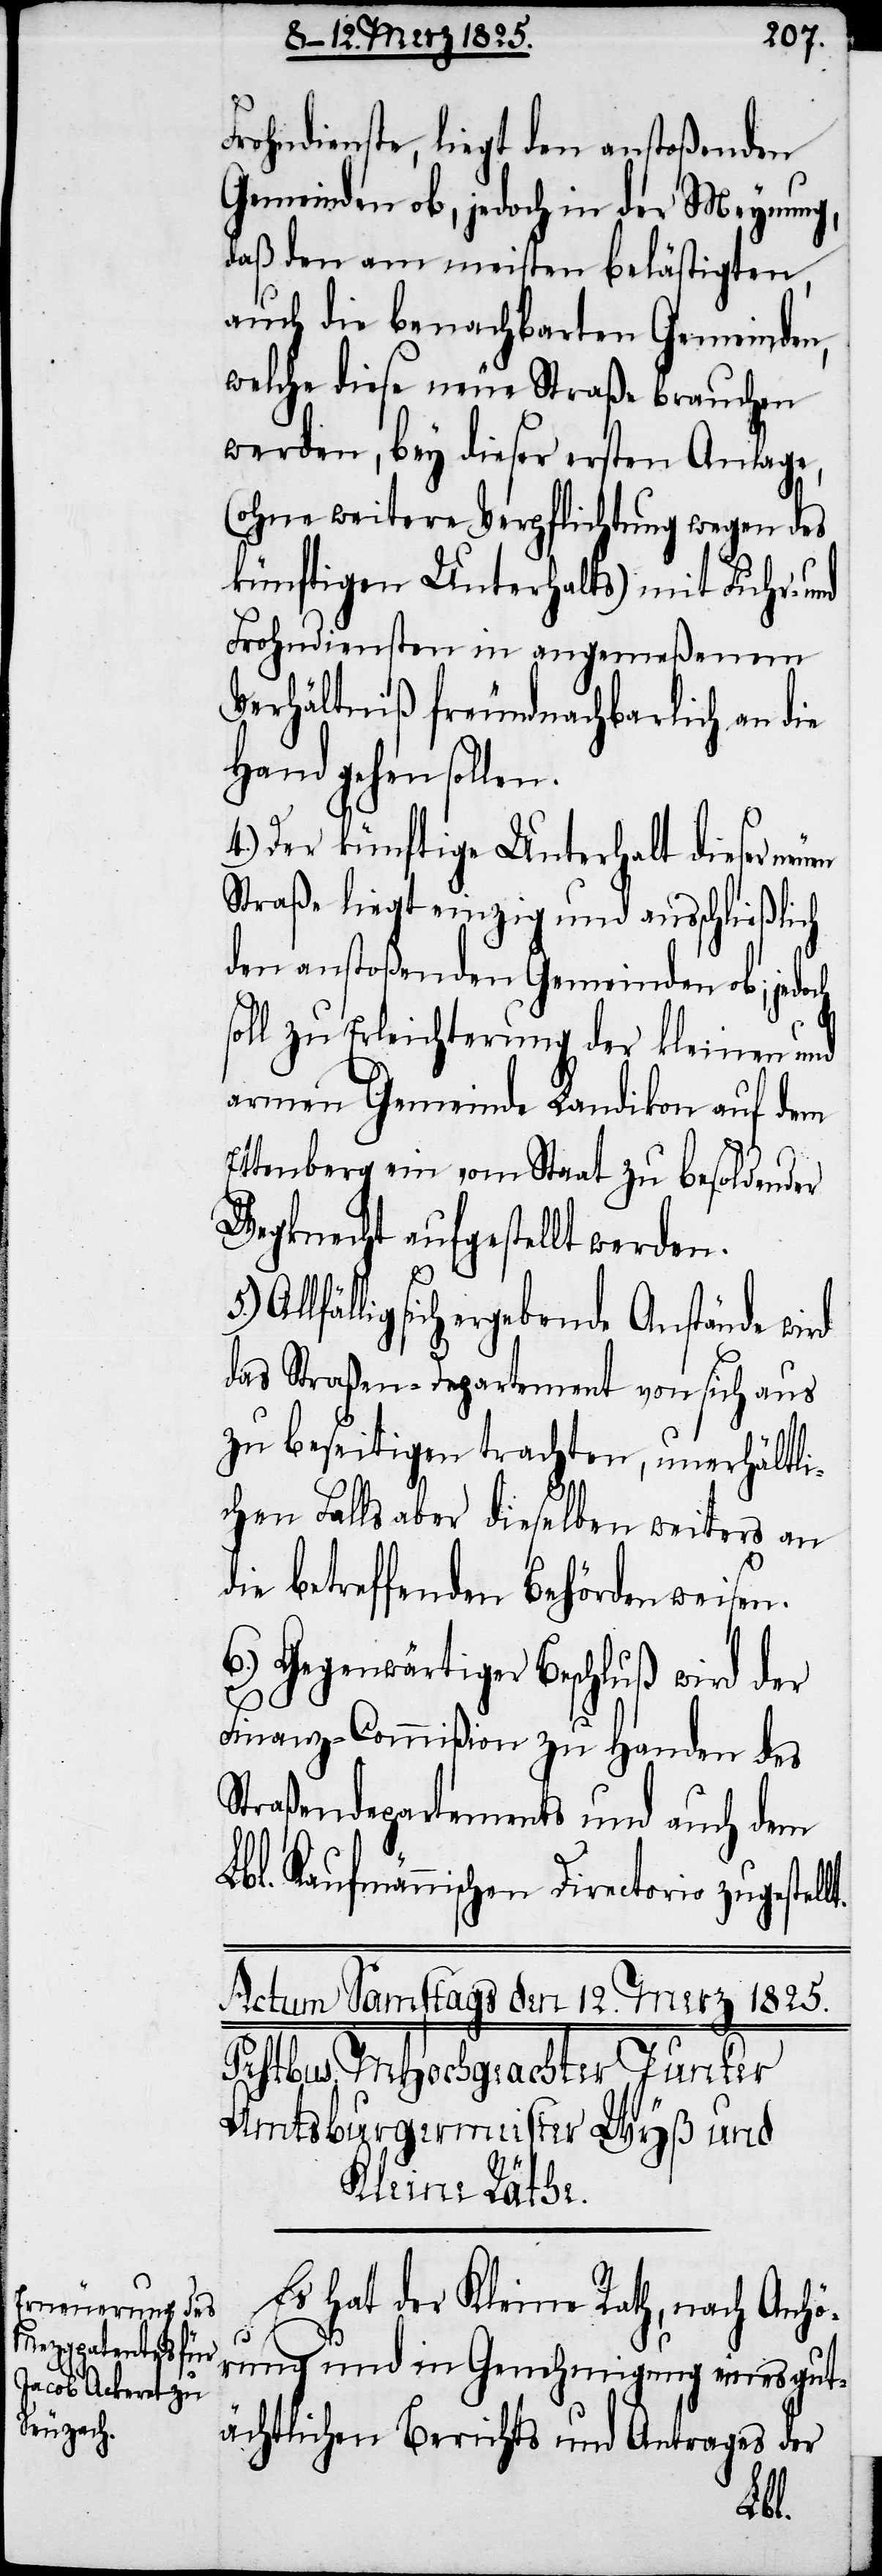
Frohndienste, liegt den anstoßenden
Gemeinden ob, jedoch in der Meynung,
daß den am meisten belästigten,
auch die benachbarten Gemeinden,
welche diese neue Straße brauchen
werden, bey dieser ersten Anlage,
(ohne weitere Verpflichtung wegen des
künftigen Unterhalts) mit Fuhr- und
Frohndiensten in angemeßenem
Verhältniß freundnachbarlich an die
Hand gehen sollen.
4.) Der künftige Unterhalt dieser
Straße liegt einzig und ausschließlich
den anstoßenden Gemeinden ob; jedoch
soll zu Erleichterung der kleinen und
armen Gemeinde Landikon auf dem
Ettenberg ein vom Staat zu besoldender
Wegknecht aufgestellt werden.
sich ergebende Anstände wird
das Straßen-Departement von sich aus
zu beseitigen trachten, unerhältli¬
chen Falls aber dieselben weiters an
die betreffenden Behörden weisen.
6.) Gegenwärtiger Beschluß wird der
Finanz-Commißion zu Handen des
Straßendepartements und auch dem
Lbl. Kaufmännischen Directorio zugestel¬
Es hat der Kleine Rath, nach Anhö¬
rung und in Genehmigung eines gut¬
ächtlichen Berichts und Antrages der
lt.